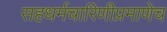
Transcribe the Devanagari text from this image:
सहधर्मचारिणीप्रमाणेच